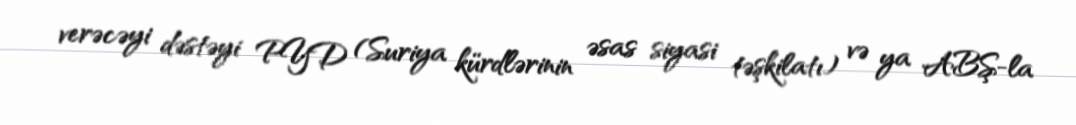
verəcəyi dəstəyi PYD (Suriya kürdlərinin əsas siyasi təşkilatı) və ya ABŞ-la